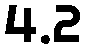
4.2